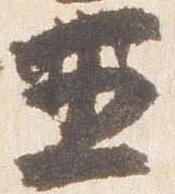
五